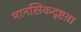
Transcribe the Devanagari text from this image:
मानसिकदृष्टय़ा